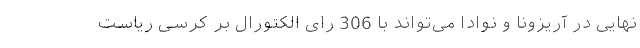
نهایی در آریزونا و نوادا می‌تواند با 306 رای الکتورال بر کرسی ریاست